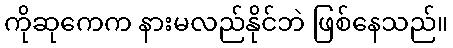
ကိုဆုကေက နားမလည်နိုင်ဘဲ ဖြစ်နေသည်။